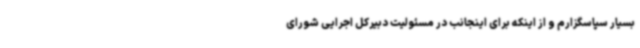
بسیار سپاسگزارم و از اینکه برای اینجانب در مسئولیت دبیرکل اجرایی شورای